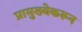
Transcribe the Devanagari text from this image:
प्रामुख्येकरून